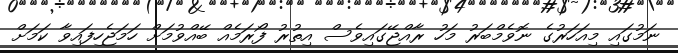
ނަމުގައި މިއަހަރުގެ ނޮވެމްބަރު މަހު ރާއްޖޭގައިވެސް އިތުރު ފޯރަމެއް ބޭއްވުމަށް ހަމަޖެހިފައިވާ ކަމަށް